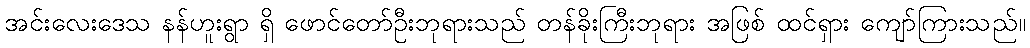
အင်းလေးဒေသ နန်ဟူးရွာ ရှိ ဖောင်တော်ဦးဘုရားသည် တန်ခိုးကြီးဘုရား အဖြစ် ထင်ရှား ကျော်ကြားသည်။